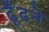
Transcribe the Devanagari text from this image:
ढूँढनें